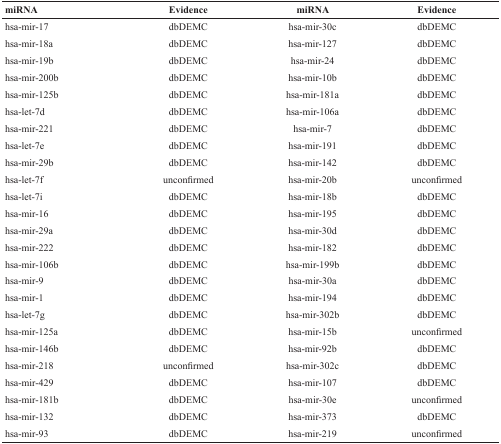
<table><thead><tr><td><b>miRNA</b></td><td><b>Evidence</b></td><td><b>miRNA</b></td><td><b>Evidence</b></td></tr></thead><tbody><tr><td>hsa-mir-17</td><td>dbDEMC</td><td>hsa-mir-30c</td><td>dbDEMC</td></tr><tr><td>hsa-mir-18a</td><td>dbDEMC</td><td>hsa-mir-127</td><td>dbDEMC</td></tr><tr><td>hsa-mir-19b</td><td>dbDEMC</td><td>hsa-mir-24</td><td>dbDEMC</td></tr><tr><td>hsa-mir-200b</td><td>dbDEMC</td><td>hsa-mir-10b</td><td>dbDEMC</td></tr><tr><td>hsa-mir-125b</td><td>dbDEMC</td><td>hsa-mir-181a</td><td>dbDEMC</td></tr><tr><td>hsa-let-7d</td><td>dbDEMC</td><td>hsa-mir-106a</td><td>dbDEMC</td></tr><tr><td>hsa-mir-221</td><td>dbDEMC</td><td>hsa-mir-7</td><td>dbDEMC</td></tr><tr><td>hsa-let-7e</td><td>dbDEMC</td><td>hsa-mir-191</td><td>dbDEMC</td></tr><tr><td>hsa-mir-29b</td><td>dbDEMC</td><td>hsa-mir-142</td><td>dbDEMC</td></tr><tr><td>hsa-let-7f</td><td>unconfirmed</td><td>hsa-mir-20b</td><td>unconfirmed</td></tr><tr><td>hsa-let-7i</td><td>dbDEMC</td><td>hsa-mir-18b</td><td>dbDEMC</td></tr><tr><td>hsa-mir-16</td><td>dbDEMC</td><td>hsa-mir-195</td><td>dbDEMC</td></tr><tr><td>hsa-mir-29a</td><td>dbDEMC</td><td>hsa-mir-30d</td><td>dbDEMC</td></tr><tr><td>hsa-mir-222</td><td>dbDEMC</td><td>hsa-mir-182</td><td>dbDEMC</td></tr><tr><td>hsa-mir-106b</td><td>dbDEMC</td><td>hsa-mir-199b</td><td>dbDEMC</td></tr><tr><td>hsa-mir-9</td><td>dbDEMC</td><td>hsa-mir-30a</td><td>dbDEMC</td></tr><tr><td>hsa-mir-1</td><td>dbDEMC</td><td>hsa-mir-194</td><td>dbDEMC</td></tr><tr><td>hsa-let-7g</td><td>dbDEMC</td><td>hsa-mir-302b</td><td>dbDEMC</td></tr><tr><td>hsa-mir-125a</td><td>dbDEMC</td><td>hsa-mir-15b</td><td>unconfirmed</td></tr><tr><td>hsa-mir-146b</td><td>dbDEMC</td><td>hsa-mir-92b</td><td>dbDEMC</td></tr><tr><td>hsa-mir-218</td><td>unconfirmed</td><td>hsa-mir-302c</td><td>dbDEMC</td></tr><tr><td>hsa-mir-429</td><td>dbDEMC</td><td>hsa-mir-107</td><td>dbDEMC</td></tr><tr><td>hsa-mir-181b</td><td>dbDEMC</td><td>hsa-mir-30e</td><td>unconfirmed</td></tr><tr><td>hsa-mir-132</td><td>dbDEMC</td><td>hsa-mir-373</td><td>dbDEMC</td></tr><tr><td>hsa-mir-93</td><td>dbDEMC</td><td>hsa-mir-219</td><td>unconfirmed</td></tr></tbody></table>